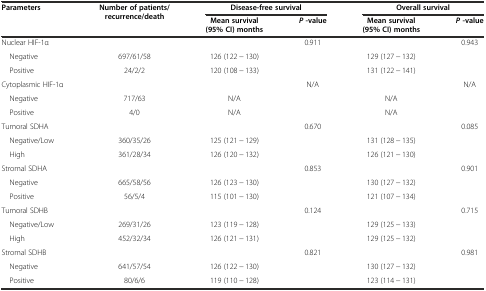
<table><thead><tr><td rowspan="2"><b>Parameters</b></td><td rowspan="2"><b>Number of patients/ recurrence/death</b></td><td colspan="2"><b>Disease-free survival</b></td><td colspan="2"><b>Overall survival</b></td></tr><tr><td><b>Mean survival (95% CI) months</b></td><td><b><i>P</i>-value</b></td><td><b>Mean survival(95% CI) months</b></td><td><b><i>P</i>-value</b></td></tr></thead><tbody><tr><td>Nuclear HIF-1α</td><td></td><td></td><td>0.911</td><td></td><td>0.943</td></tr><tr><td> Negative</td><td>697/61/58</td><td>126 (122 − 130)</td><td></td><td>129 (127 − 132)</td><td></td></tr><tr><td> Positive</td><td>24/2/2</td><td>120 (108 − 133)</td><td></td><td>131 (122 − 141)</td><td></td></tr><tr><td>Cytoplasmic HIF-1α</td><td></td><td></td><td>N/A</td><td></td><td>N/A</td></tr><tr><td> Negative</td><td>717/63</td><td>N/A</td><td></td><td>N/A</td><td></td></tr><tr><td> Positive</td><td>4/0</td><td>N/A</td><td></td><td>N/A</td><td></td></tr><tr><td>Tumoral SDHA</td><td></td><td></td><td>0.670</td><td></td><td>0.085</td></tr><tr><td> Negative/Low</td><td>360/35/26</td><td>125 (121 − 129)</td><td></td><td>131 (128 − 135)</td><td></td></tr><tr><td> High</td><td>361/28/34</td><td>126 (120 − 132)</td><td></td><td>126 (121 − 130)</td><td></td></tr><tr><td>Stromal SDHA</td><td></td><td></td><td>0.853</td><td></td><td>0.901</td></tr><tr><td> Negative</td><td>665/58/56</td><td>126 (123 − 130)</td><td></td><td>130 (127 − 132)</td><td></td></tr><tr><td> Positive</td><td>56/5/4</td><td>115 (101 − 130)</td><td></td><td>121 (107 − 134)</td><td></td></tr><tr><td>Tumoral SDHB</td><td></td><td></td><td>0.124</td><td></td><td>0.715</td></tr><tr><td> Negative/Low</td><td>269/31/26</td><td>123 (119 − 128)</td><td></td><td>129 (125 − 133)</td><td></td></tr><tr><td> High</td><td>452/32/34</td><td>126 (121 − 131)</td><td></td><td>129 (125 − 132)</td><td></td></tr><tr><td>Stromal SDHB</td><td></td><td></td><td>0.821</td><td></td><td>0.981</td></tr><tr><td> Negative</td><td>641/57/54</td><td>126 (122 − 130)</td><td></td><td>130 (127 − 132)</td><td></td></tr><tr><td> Positive</td><td>80/6/6</td><td>119 (110 − 128)</td><td></td><td>123 (114 − 131)</td><td></td></tr></tbody></table>